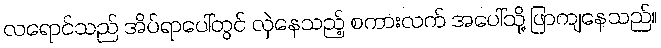
လရောင်သည် အိပ်ရာပေါ်တွင် လှဲနေသည့် စကားလက် အပေါ်သို့ ဖြာကျနေသည်။